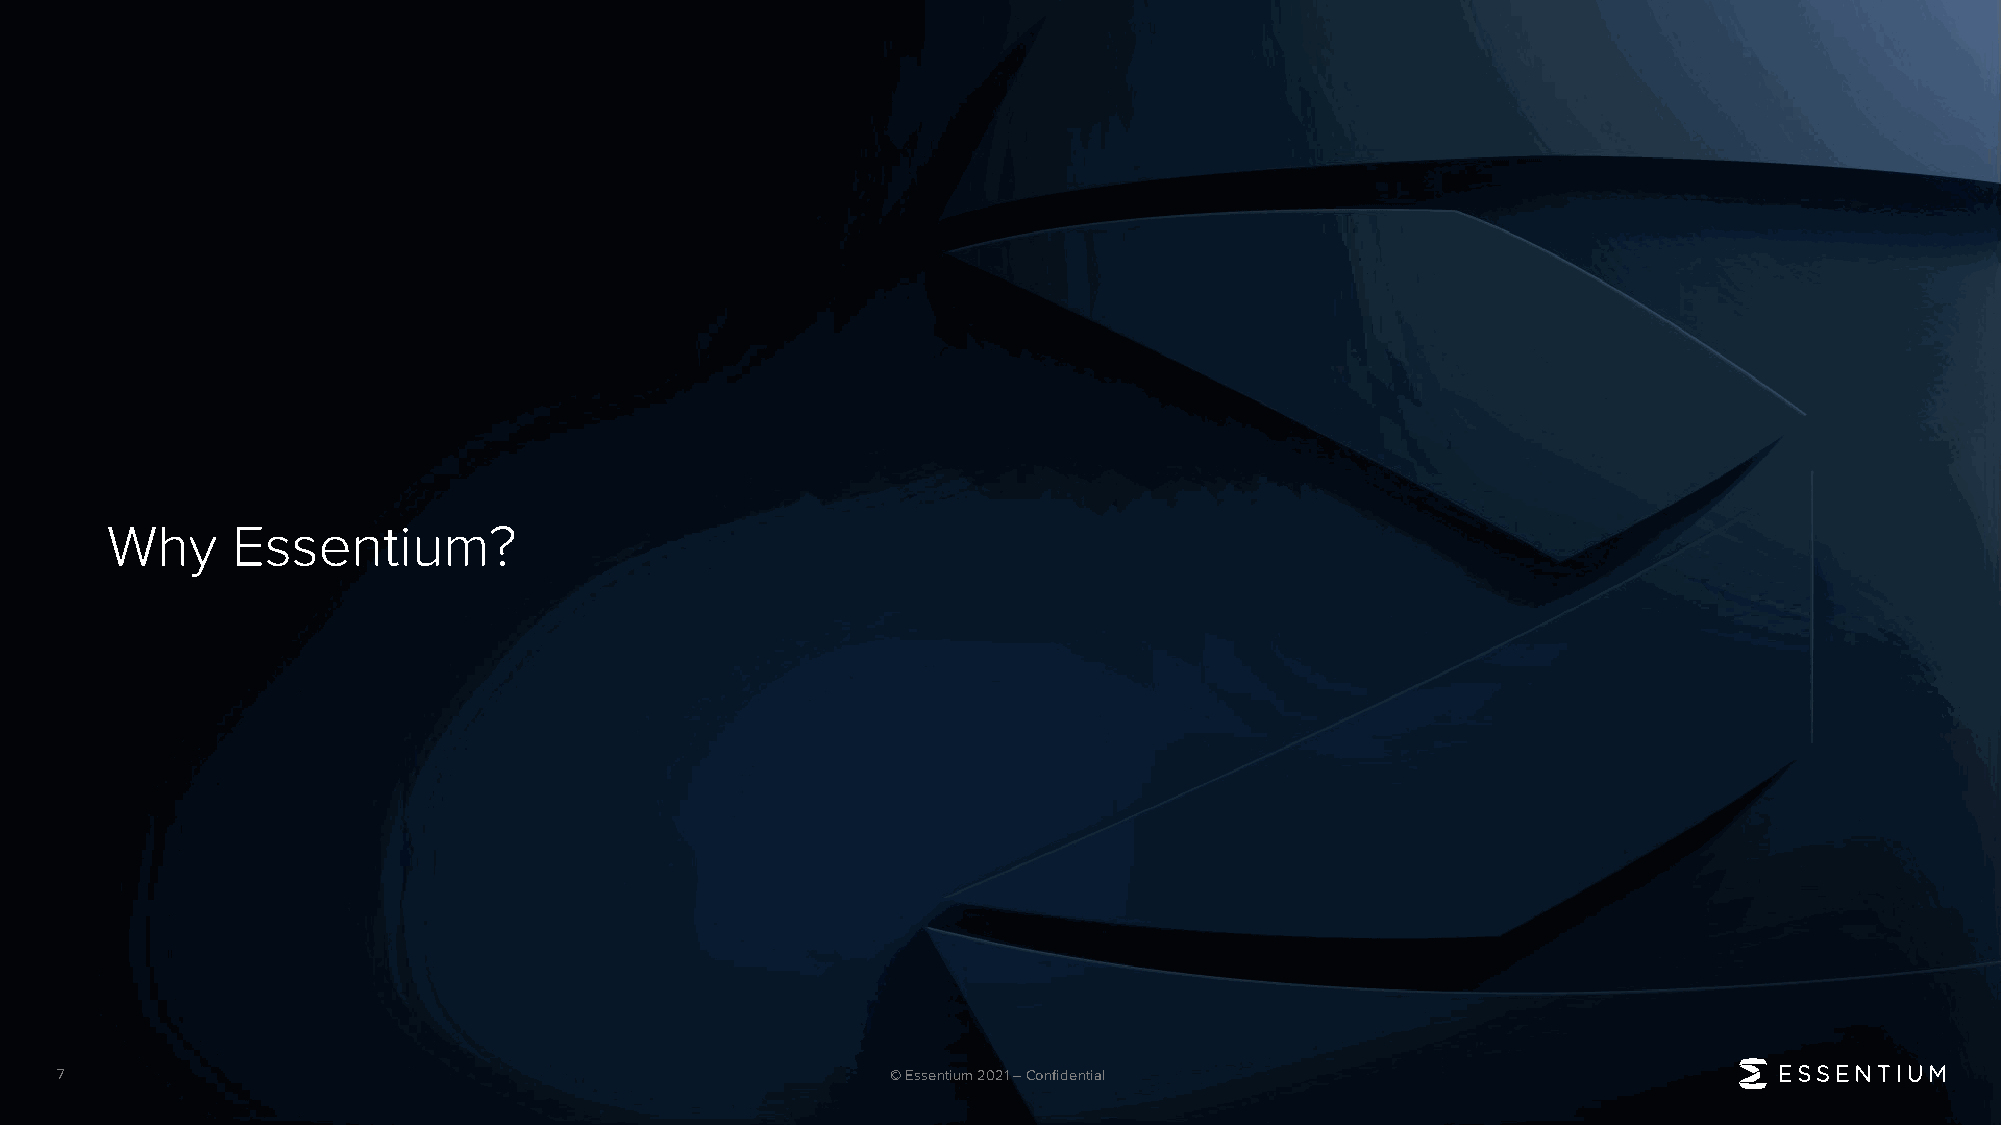
Why     Essentium?
 7                                                      © Essentium 2021 –Confidential